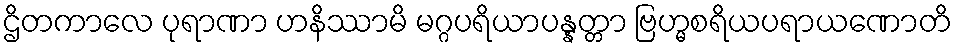
ဌိတကာလေ ပုရာဏာ ဟနိဿာမိ မဂ္ဂပရိယာပန္နတ္တာ ဗြဟ္မစရိယပရာယဏောတိ